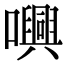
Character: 𡃳